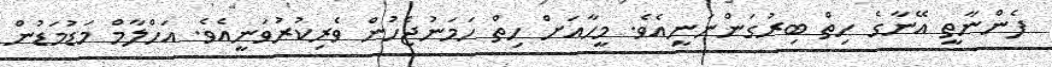
ފެންނާތީ އޭނާގެ ހިތް ބިރުގަންނަނީއެވެ. މީހާއަށް ހިތް ހަމަނުޖެހުން ވެރިކުރުވަނީއެވެ. އަހްލާމް މަޑުމަޑުން